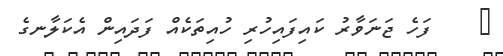
٥    ފަހެ ޖަނަވާރު ކައިފައިހުރި ހުއިތަކެއް ފަދައިން އެކަލާނގެ